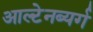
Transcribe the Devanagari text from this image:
आल्टेनब्यर्ग